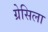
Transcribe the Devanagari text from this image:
ग्रेसिला